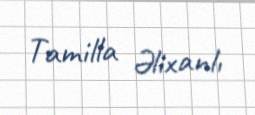
Tamilla Əlixanlı